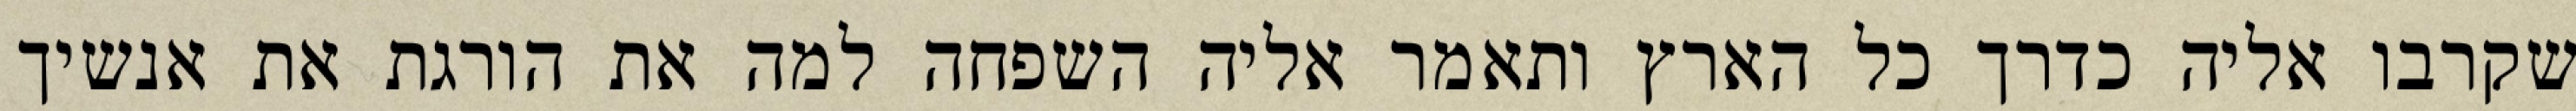
שקרבו אליה כדרך כל הארץ ותאמר אליה השפחה למה את הורגת את אנשיך